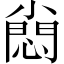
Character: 𡮮